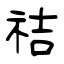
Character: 祮